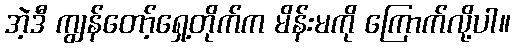
အဲ့ဒီ ကျွန်တော့်ရှေ့တိုက်က မိန်းမကို ကြောက်လို့ပါ။